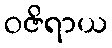
ဝဇိရာယ